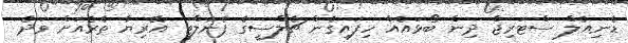
ޑެނިއެލް ސްޓަރިޖް ދިން ބޯޅައެއް ހިފައިގެން ޗެލްސީގެ ޕެނަލްޓީ އޭރިޔާ ތެރެއަށް ވަދެ